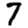
Digit: 7